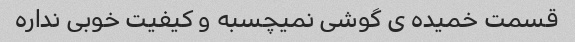
قسمت خمیده ی گوشی نمیچسبه و کیفیت خوبی نداره